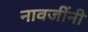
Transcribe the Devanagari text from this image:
नावजींनी